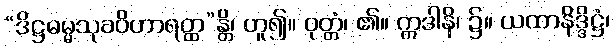
“ဒိဋ္ဌဓမ္မသုခဝိဟာရတ္ထ”န္တိ၊ ဟူ၍။ ဝုတ္တံ၊ ၏။ ဣဒါနိ၊ ၌။ ယထာနိဒ္ဒိဋ္ဌံ၊